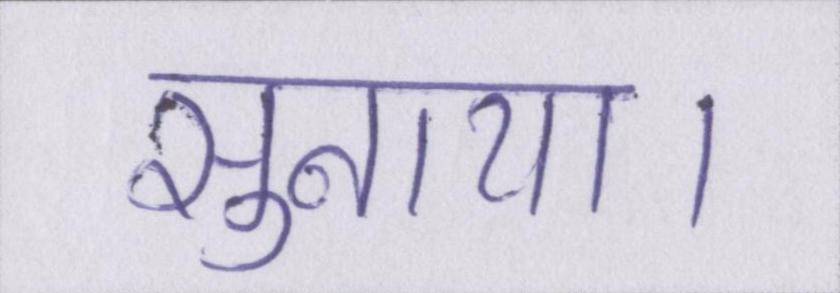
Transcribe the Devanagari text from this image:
सुनाया।